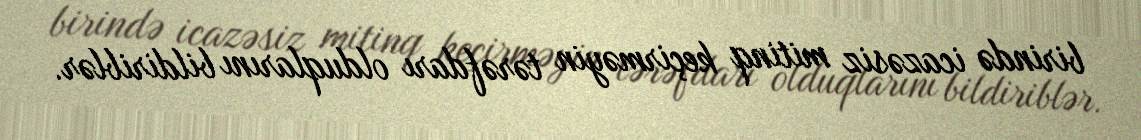
birində icazəsiz mitinq keçirməyin tərəfdarı olduqlarını bildiriblər.